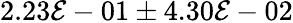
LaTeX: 2.23\mathcal{E}-01\pm4.30\mathcal{E}-02